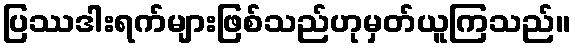
ပြဿဒါးရက်များဖြစ်သည်ဟုမှတ်ယူကြသည်။